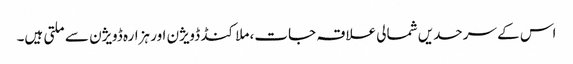
اس کے سرحدیں شمالی علاقہ جات، ملا کنڈ ڈویژن اور ہزارہ ڈویژن سے ملتی ہیں۔